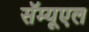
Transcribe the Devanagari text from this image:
सॅम्यूएल